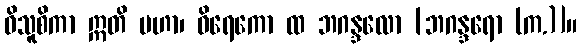
ဝိသူစိကာ ဣတိ မဟာ၊ ဝိရေကော ထ ဘဂန္ဒလော [ဘဂန္ဒရော (က.)]။